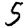
Digit: 5